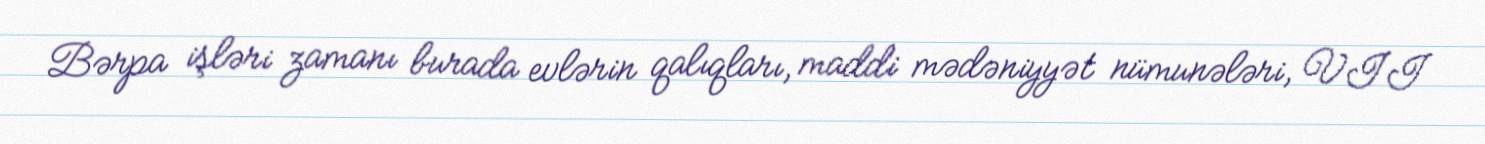
Bərpa işləri zamanı burada evlərin qalıqları, maddi mədəniyyət nümunələri, VII